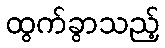
ထွက်ခွာသည့်